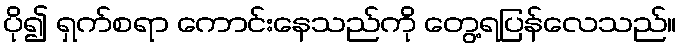
ပို၍ ရှက်စရာ ကောင်းနေသည်ကို တွေ့ရပြန်လေသည်။